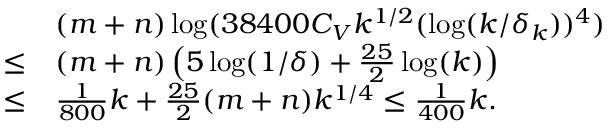
\begin{array} { r l } & { ( m + n ) \log ( 3 8 4 0 0 C _ { V } k ^ { 1 / 2 } ( \log ( k / \delta _ { k } ) ) ^ { 4 } ) } \\ { \leq } & { ( m + n ) \left( 5 \log ( 1 / \delta ) + \frac { 2 5 } { 2 } \log ( k ) \right) } \\ { \leq } & { \frac { 1 } { 8 0 0 } k + \frac { 2 5 } { 2 } ( m + n ) k ^ { 1 / 4 } \leq \frac { 1 } { 4 0 0 } k . } \end{array}